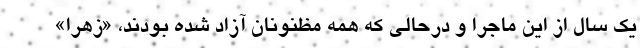
یک سال از این ماجرا و درحالی که همه مظنونان آزاد شده بودند، «زهرا»